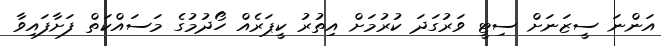
އަންނަ ސީޒަނަށް ސިޓީ ވަރުގަދަ ކުރުމަށް އިތުރު ކީޕަރެއް ހޯދުމުގެ މަސައްކަތް ފަށާފައިވާ